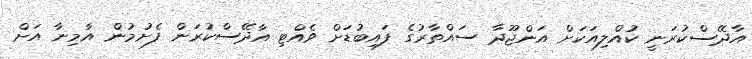
އާދޭސްކުރަނީ ކުއްލިއަކަށް އަންޖޫދާ ސައްތާރުގެ ފައިބުޑަށް ވެއްޓި އާދޭސްކުރަން ފެށުމުން އާމިނާ އަށް